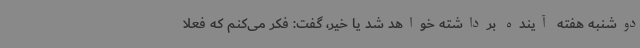
دوشنبه هفته آینده برداشته خواهد شد یا خیر، گفت: فکر می‌کنم که فعلا